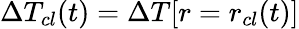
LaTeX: \Delta T_{cl}(t)=\Delta T[r=r_{cl}(t)]